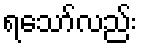
ရသော်လည်း